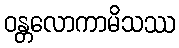
ဝန္တလောကာမိသဿ